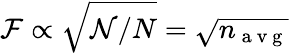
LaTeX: \mathcal{F}\propto\sqrt{\mathcal{N}/N}=\sqrt{n_{\mathrm{~a~v~g~}}}